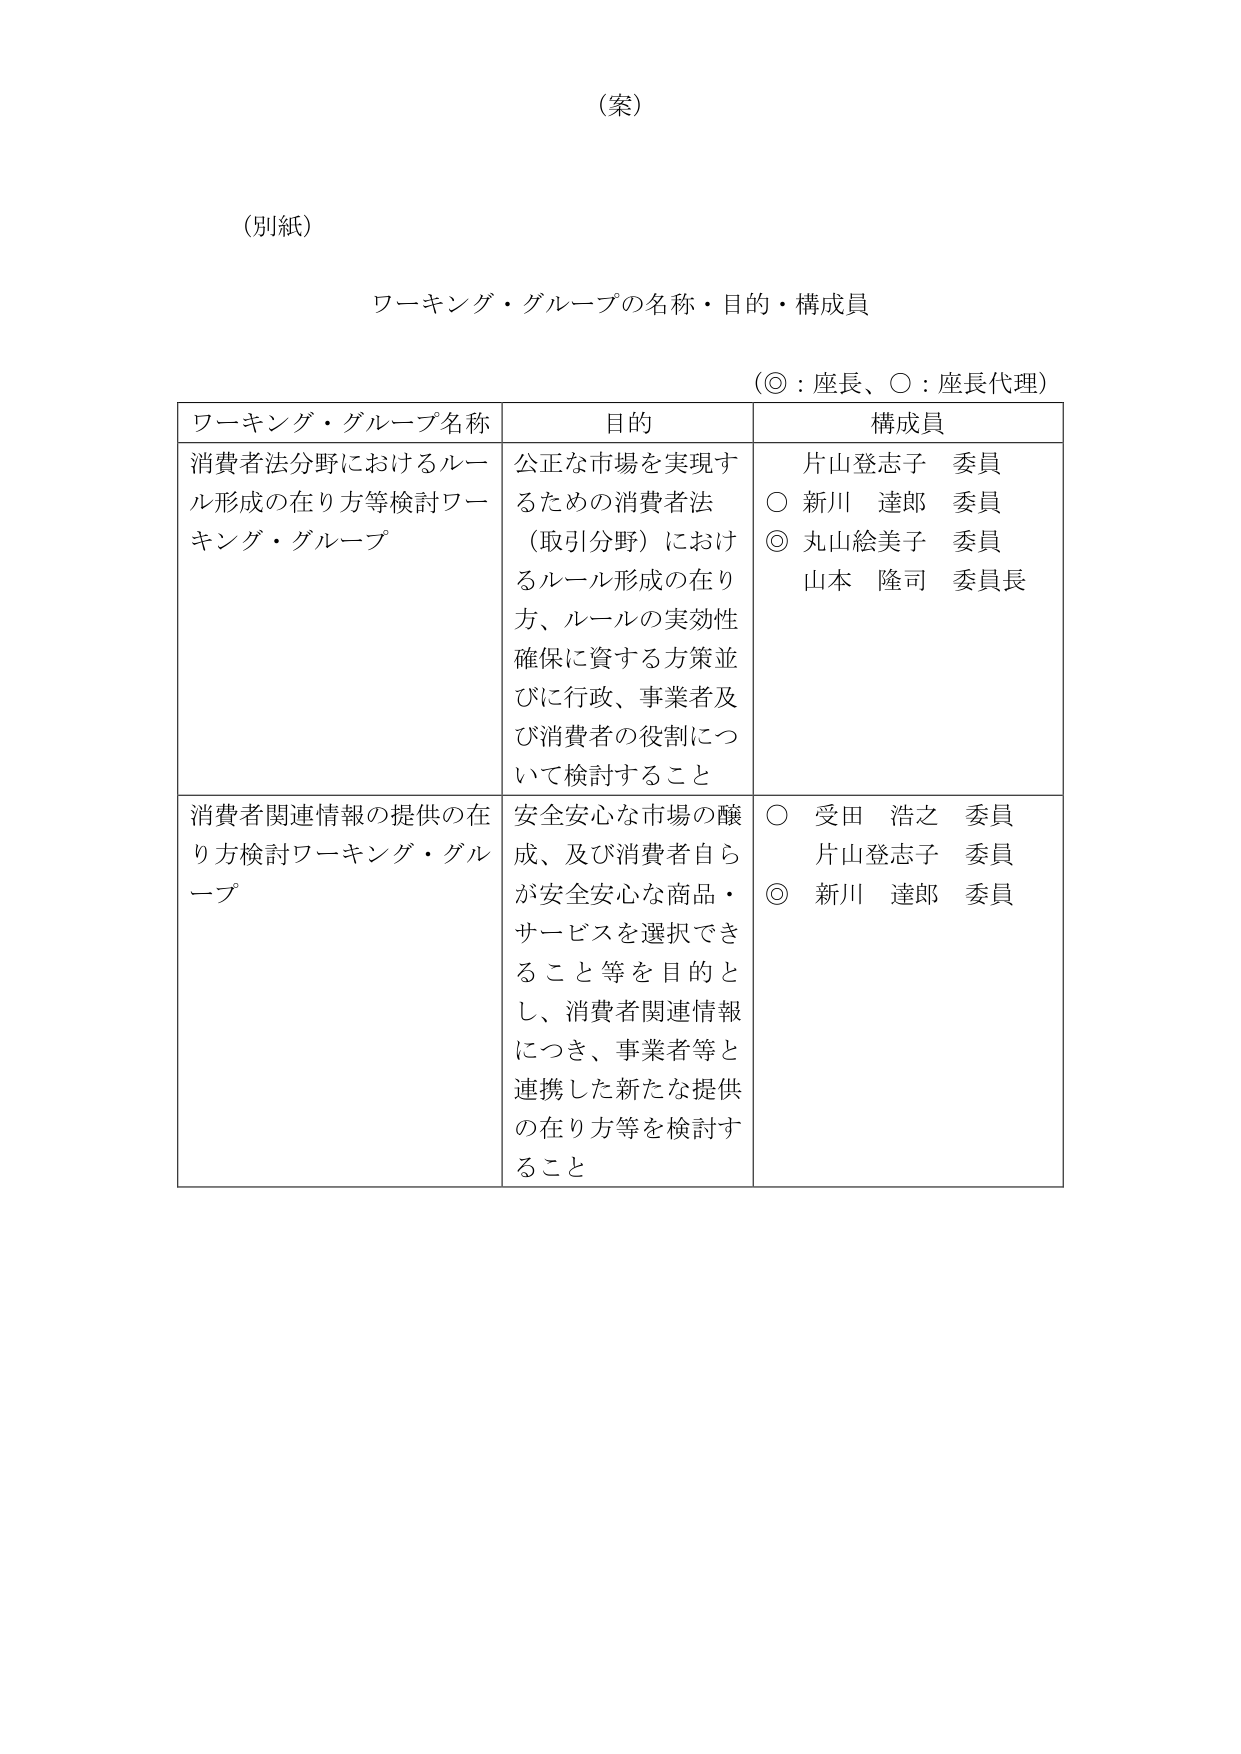
（案）

（別紙）

ワーキング・グループの名称・目的・構成員

（◎：座長、○：座長代理）

ワーキング・グループ名称　　　　　目的　　　　　　　　　　　構成員

消費者法分野におけるルール形成の在り方等検討ワーキング・グループ　公正な市場を実現するための消費者法（取引分野）におけるルール形成の在り方、ルールの実効性確保に資する方策並びに行政、事業者及び消費者の役割について検討すること　　片山登志子　委員　○　新川　達郎　委員　◎　丸山絵美子　委員　山本　隆司　委員長

消費者関連情報の提供の在り方検討ワーキング・グループ　安全安心な市場の醸成、及び消費者自らが安全安心な商品・サービスを選択できること等を目的とし、消費者関連情報につき、事業者等と連携した新たな提供の在り方等を検討すること　　○　受田　浩之　委員　片山登志子　委員　◎　新川　達郎　委員